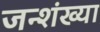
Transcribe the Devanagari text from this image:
जन्शंख्या